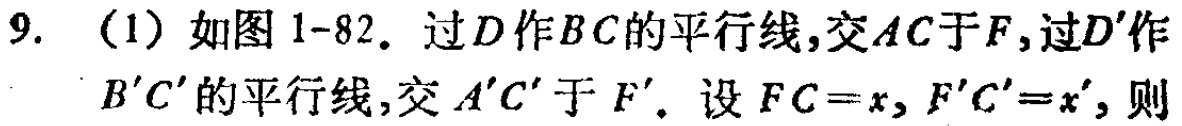
9. （1）如图1-82. 过\(D\)作\(BC\)的平行线，交\(AC\)于\(F\)，过\(D'\)作\(B'C'\)的平行线，交\(A'C'\)于\(F'\). 设\(FC = x\)，\(F'C'=x'\)，则